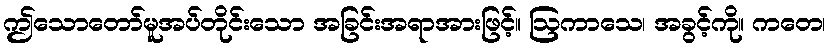
ဤသောတော်မူအပ်တိုင်းသော အခြင်းအရာအားဖြင့်။ ဩကာသေ၊ အခွင့်ကို။ ကတေ၊